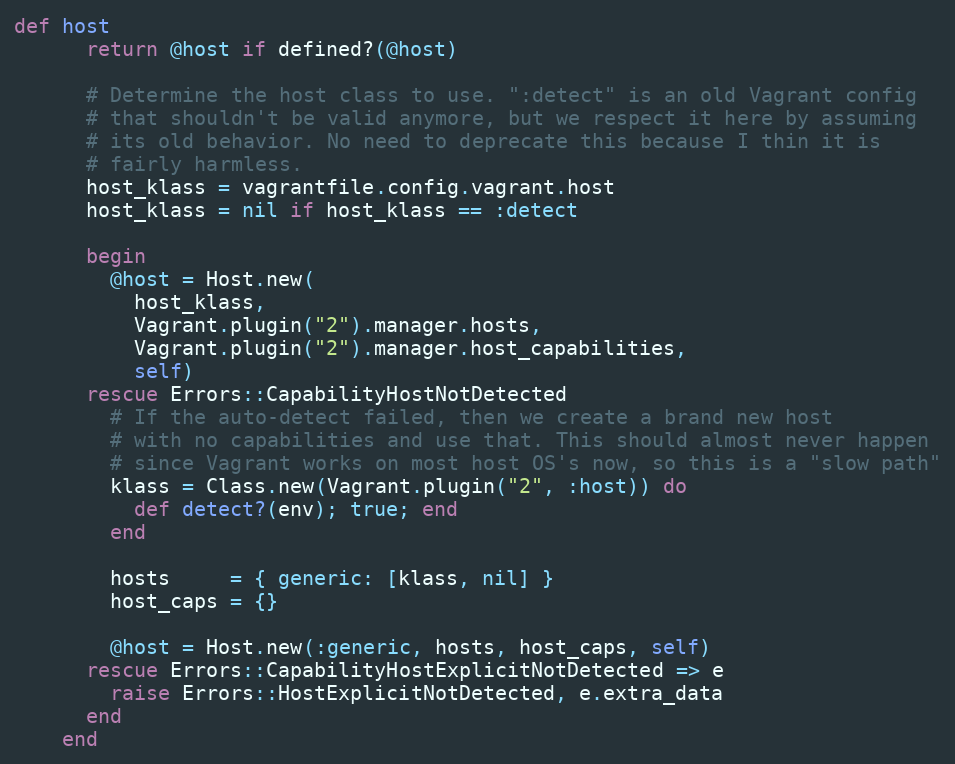
Language: Ruby
def host
      return @host if defined?(@host)

      # Determine the host class to use. ":detect" is an old Vagrant config
      # that shouldn't be valid anymore, but we respect it here by assuming
      # its old behavior. No need to deprecate this because I thin it is
      # fairly harmless.
      host_klass = vagrantfile.config.vagrant.host
      host_klass = nil if host_klass == :detect

      begin
        @host = Host.new(
          host_klass,
          Vagrant.plugin("2").manager.hosts,
          Vagrant.plugin("2").manager.host_capabilities,
          self)
      rescue Errors::CapabilityHostNotDetected
        # If the auto-detect failed, then we create a brand new host
        # with no capabilities and use that. This should almost never happen
        # since Vagrant works on most host OS's now, so this is a "slow path"
        klass = Class.new(Vagrant.plugin("2", :host)) do
          def detect?(env); true; end
        end

        hosts     = { generic: [klass, nil] }
        host_caps = {}

        @host = Host.new(:generic, hosts, host_caps, self)
      rescue Errors::CapabilityHostExplicitNotDetected => e
        raise Errors::HostExplicitNotDetected, e.extra_data
      end
    end